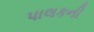
પાલકની